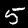
Label: 5